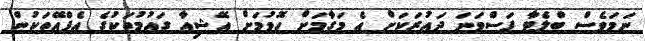
ނަމަވެސް ބްލެޓާ ފަސްވަނަ ދައުރަކަށް އެ މަގާމަށް ހޮވުމަށް އޭޝިއާ ގައުމުތަކުގެ އެފްއޭތަކުން